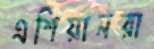
এশিয়ানরা